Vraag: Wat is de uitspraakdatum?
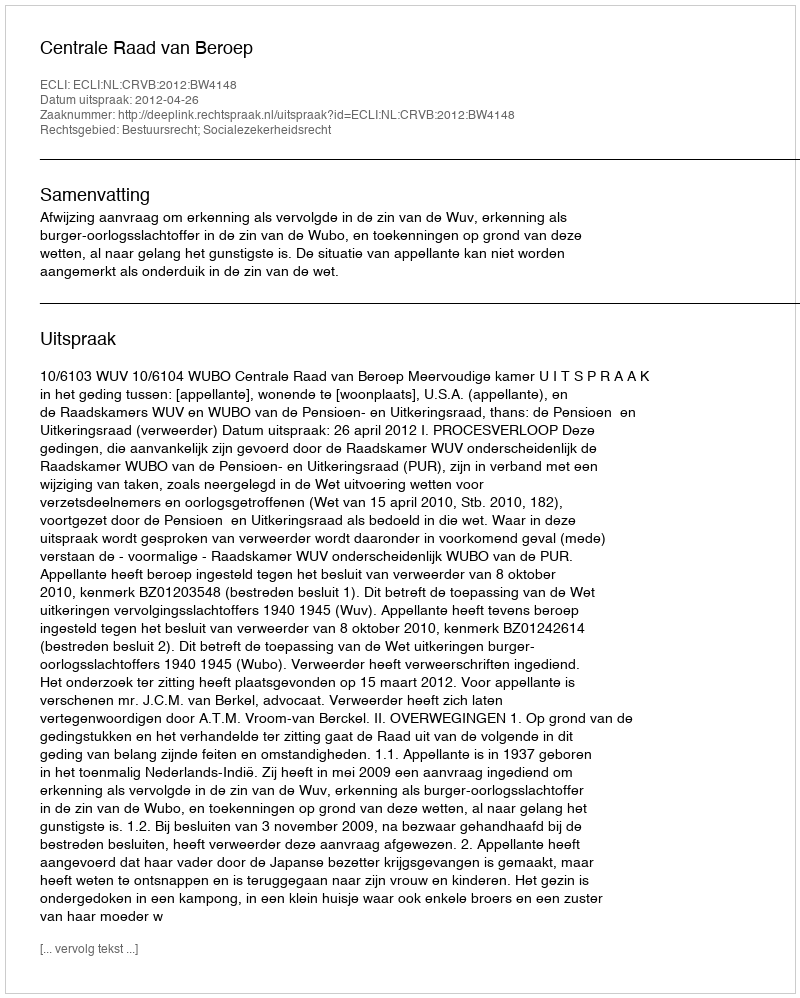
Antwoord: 2012-04-26